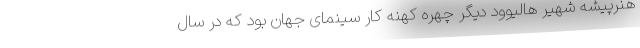
هنرپیشه شهیر هالیوود دیگر چهره کهنه کار سینمای جهان بود که در سال